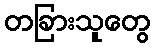
တခြားသူတွေ